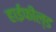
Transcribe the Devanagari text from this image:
हाईफील्ड